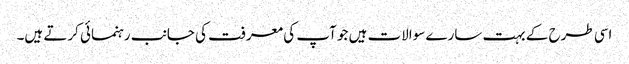
اسی طرح کے بہت سارے سوالات ہیں جو آپ کی معرفت کی جانب رہنمائی کرتے ہیں۔